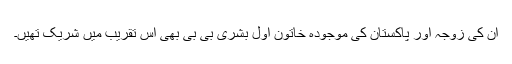
ان کی زوجہ اور پاکستان کی موجودہ خاتون اول بشریٰ بی بی بھی اس تقریب میں شریک تھیں۔